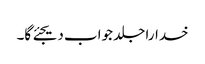
خدارا جلد جواب دیجئے گا۔